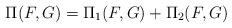
LaTeX: \begin{align*}\Pi(F,G)=\Pi_1(F,G)+\Pi_2(F,G)\end{align*}